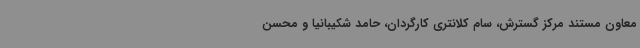
معاون مستند مرکز گسترش، سام کلانتری کارگردان، حامد شکیبانیا و محسن